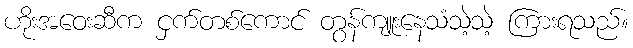
ဟိုးအဝေးဆီက ငှက်တစ်ကောင် တွန်ကျူးနေသံသဲ့သဲ့ ကြားရသည်။